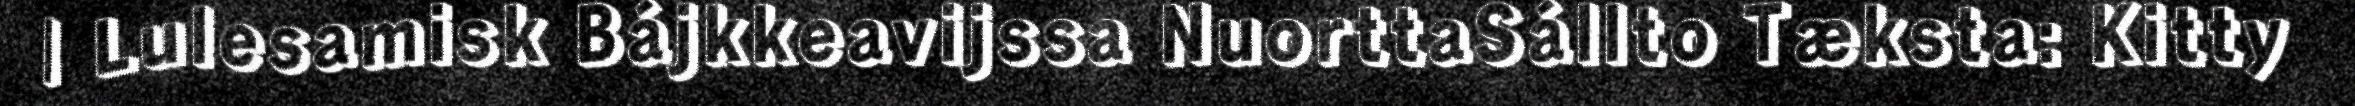
| Lulesamisk Bájkkeavijssa NuorttaSállto Tæksta: Kitty